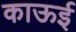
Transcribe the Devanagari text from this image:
काऊई